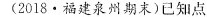
(2018·福建泉州期末)已知点